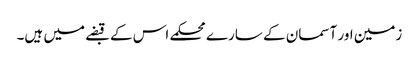
زمین اور آسمان کے سارے محکمے اس کے قبضے میں ہیں۔